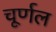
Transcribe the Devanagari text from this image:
चूर्णल